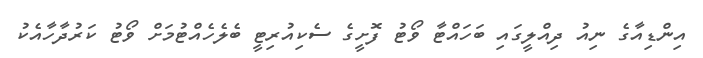
އިންޑިއާގެ ނިއު ދިއްލީގައި ބަހައްޓާ ވޯޓު ފޮށީގެ ސެކިއުރިޓީ ބެލެހެއްޓުމަށް ވޯޓު ކަރުދާހާއެކު